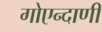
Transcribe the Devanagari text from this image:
गोएन्दाणी